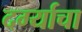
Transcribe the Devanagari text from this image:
दर्ग्याचा